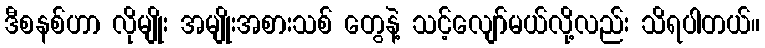
ဒီစနစ်ဟာ လိုမျိုး အမျိုးအစားသစ် တွေနဲ့ သင့်လျော်မယ်လို့လည်း သိရပါတယ်။